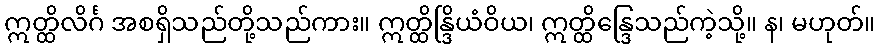
ဣတ္ထိလိင်္ဂ အစရှိသည်တို့သည်ကား။ ဣတ္ထိန္ဒြိယံဝိယ၊ ဣတ္ထိန္ဒြေသည်ကဲ့သို့။ န၊ မဟုတ်။